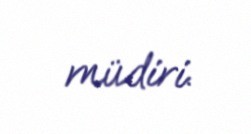
müdiri.